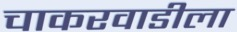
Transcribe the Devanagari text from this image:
चाकरवाडीला